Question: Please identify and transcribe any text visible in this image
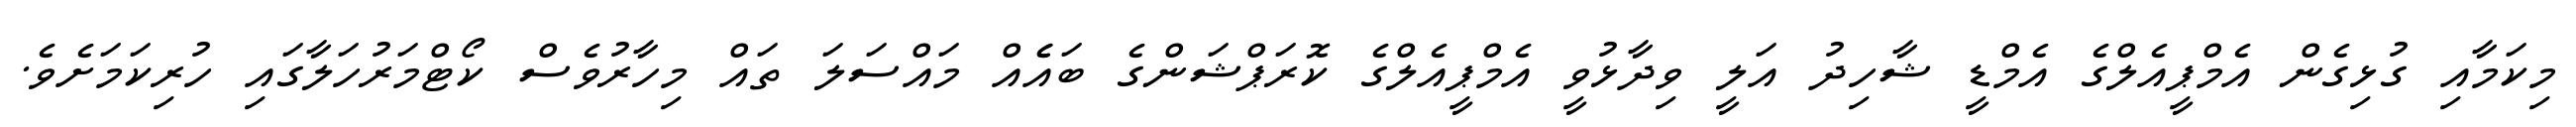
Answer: މިކަމާއި ގުޅިގެން އެމްޕީއެލްގެ އެމްޑީ ޝާހިދު އަލީ ވިދާޅުވީ އެމްޕީއެލްގެ ކޮރަޕްޝަންގެ ބައެެއް މައްސަލަ ތައް މިހާރުވެސް ކޯޓްމަރުހަލާގައި ހުރިކަމަށެވެ.